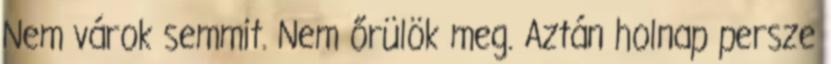
Nem várok semmit. Nem őrülök meg. Aztán holnap persze